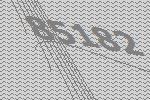
85182